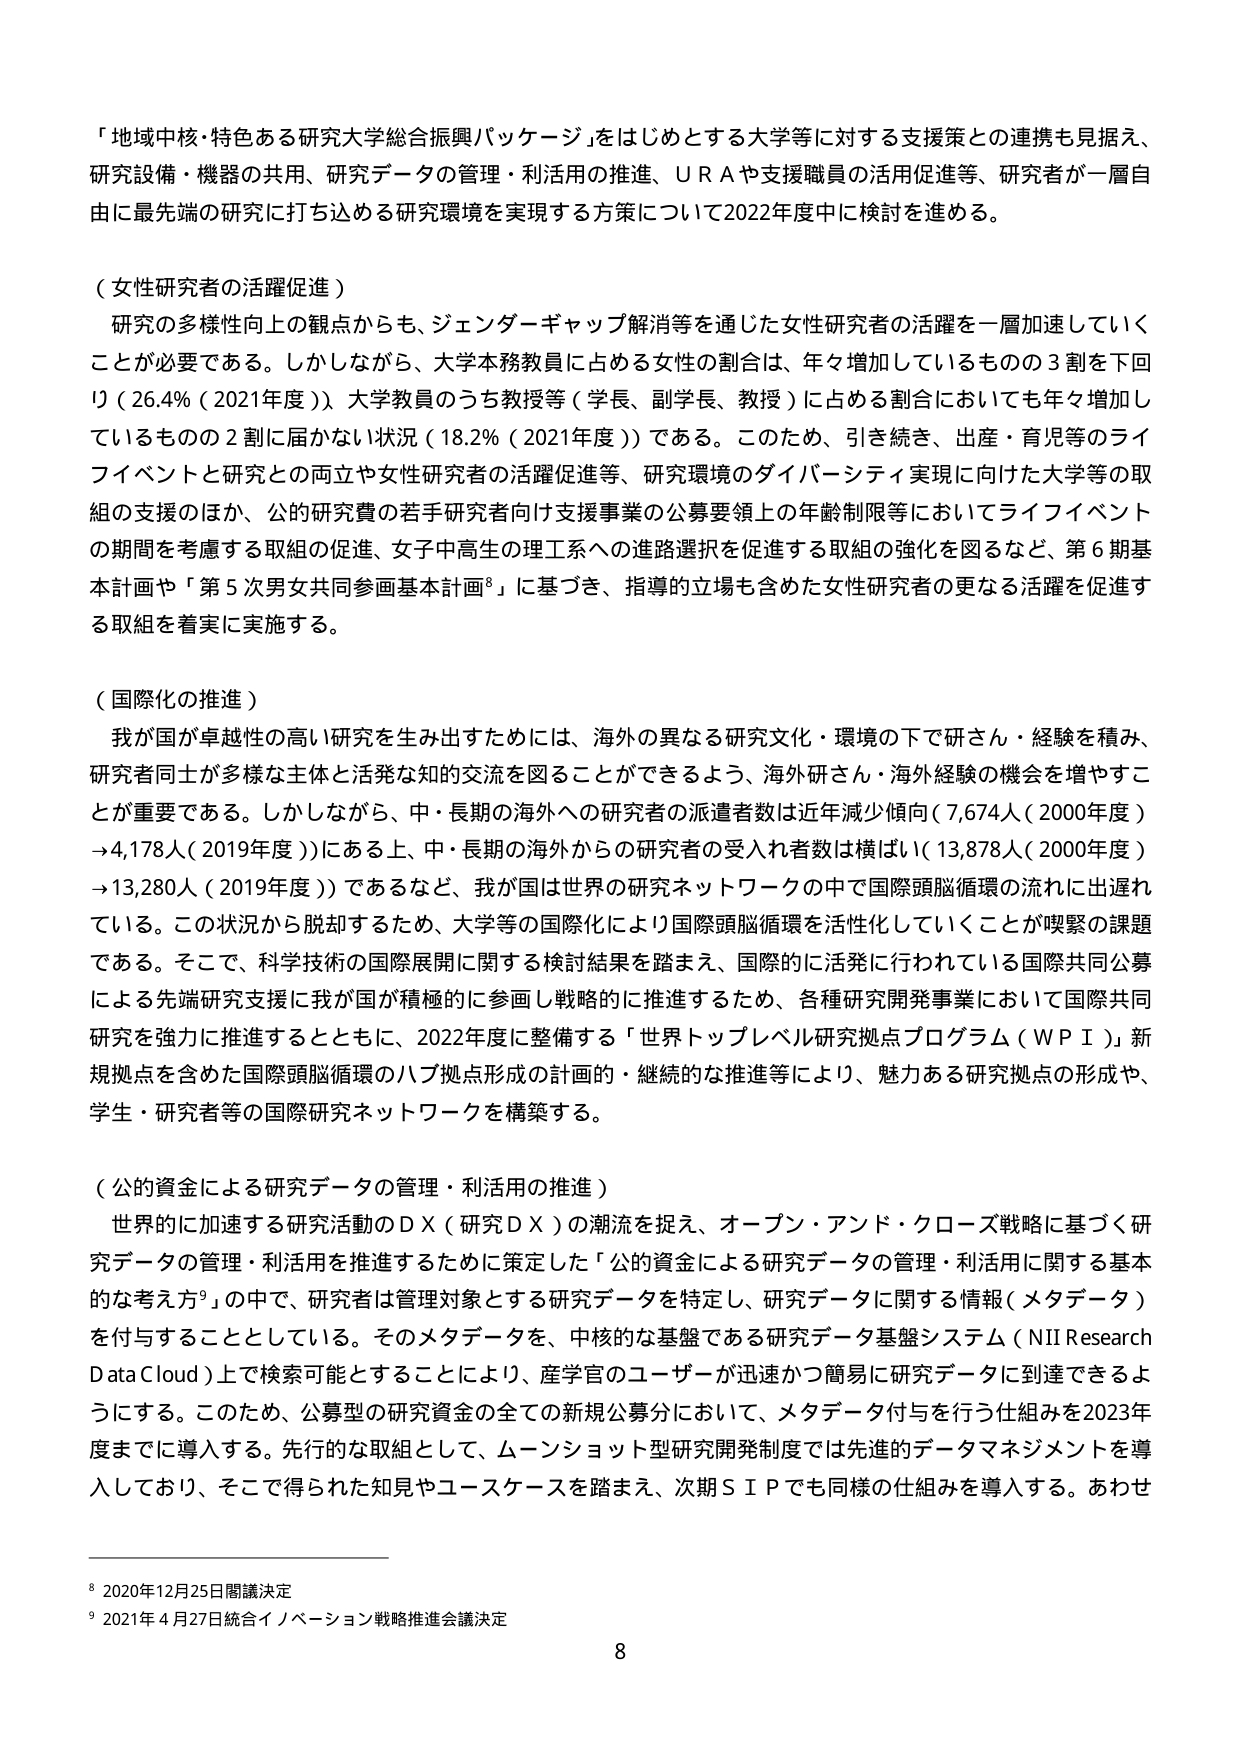
「地域中核・特色ある研究大学総合振興パッケージ」をはじめとする大学等に対する支援策との連携も見据え、研究設備・機器の共用、研究データの管理・利活用の推進、ＵＲＡや支援職員の活用促進等、研究者が一層自由に最先端の研究に打ち込める研究環境を実現する方策について2022年度中に検討を進める。

（女性研究者の活躍促進）
研究の多様性向上の観点からも、ジェンダーギャップ解消等を通じた女性研究者の活躍を一層加速していくことが必要である。しかしながら、大学本務教員に占める女性の割合は、年々増加しているものの３割を下回り（26.4％（2021年度））、大学教員のうち教授等（学長、副学長、教授）に占める割合においても年々増加しているものの２割に届かない状況（18.2％（2021年度））である。このため、引き続き、出産・育児等のライフイベントと研究との両立や女性研究者の活躍促進等、研究環境のダイバーシティ実現に向けた大学等の取組の支援のほか、公的研究費の若手研究者向け支援事業の公募要領上の年齢制限等においてライフイベントの期間を考慮する取組の促進、女子中高生の理工系への進路選択を促進する取組の強化を図るなど、第６期基本計画や「第５次男女共同参画基本計画⁸」に基づき、指導的立場も含めた女性研究者の更なる活躍を促進する取組を着実に実施する。

（国際化の推進）
我が国が卓越性の高い研究を生み出すためには、海外の異なる研究文化・環境の下で研さん・経験を積み、研究者同士が多様な主体と活発な知的交流を図ることができるよう、海外研さん・海外経験の機会を増やすことが重要である。しかしながら、中・長期の海外への研究者の派遣者数は近年減少傾向（7,674人（2000年度）→4,178人（2019年度））にある上、中・長期の海外からの研究者の受入れ者数は横ばい（13,878人（2000年度）→13,280人（2019年度））であるなど、我が国は世界の研究ネットワークの中で国際頭脳循環の流れに出遅れている。この状況から脱却するため、大学等の国際化により国際頭脳循環を活性化していくことが喫緊の課題である。そこで、科学技術の国際展開に関する検討結果を踏まえ、国際的に活発に行われている国際共同公募による先端研究支援に我が国が積極的に参画し戦略的に推進するため、各種研究開発事業において国際共同研究を強力に推進するとともに、2022年度に整備する「世界トップレベル研究拠点プログラム（ＷＰＩ）」新規拠点を含めた国際頭脳循環のハブ拠点形成の計画的・継続的な推進等により、魅力ある研究拠点の形成や、学生・研究者等の国際研究ネットワークを構築する。

（公的資金による研究データの管理・利活用の推進）
世界的に加速する研究活動のＤＸ（研究ＤＸ）の潮流を捉え、オープン・アンド・クローズ戦略に基づく研究データの管理・利活用を推進するために策定した「公的資金による研究データの管理・利活用に関する基本的な考え方⁹」の中で、研究者は管理対象とする研究データを特定し、研究データに関する情報（メタデータ）を付与することとしている。そのメタデータを、中核的な基盤である研究データ基盤システム（NII Research Data Cloud）上で検索可能とすることにより、産学官のユーザーが迅速かつ簡易に研究データに到達できるようにする。このため、公募型の研究資金の全ての新規公募分において、メタデータ付与を行う仕組みを2023年度までに導入する。先行的な取組として、ムーンショット型研究開発制度では先進的データマネジメントを導入しており、そこで得られた知見やユースケースを踏まえ、次期ＳＩＰでも同様の仕組みを導入する。あわせ

⁸ 2020年12月25日閣議決定
⁹ 2021年4月27日統合イノベーション戦略推進会議決定

8